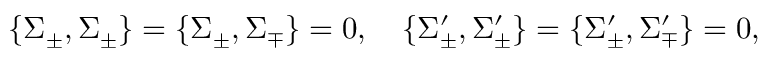
\{ \Sigma _ { \pm } , \Sigma _ { \pm } \} = \{ \Sigma _ { \pm } , \Sigma _ { \mp } \} = 0 , \quad \{ \Sigma _ { \pm } ^ { \prime } , \Sigma _ { \pm } ^ { \prime } \} = \{ \Sigma _ { \pm } ^ { \prime } , \Sigma _ { \mp } ^ { \prime } \} = 0 ,